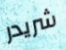
شريدر